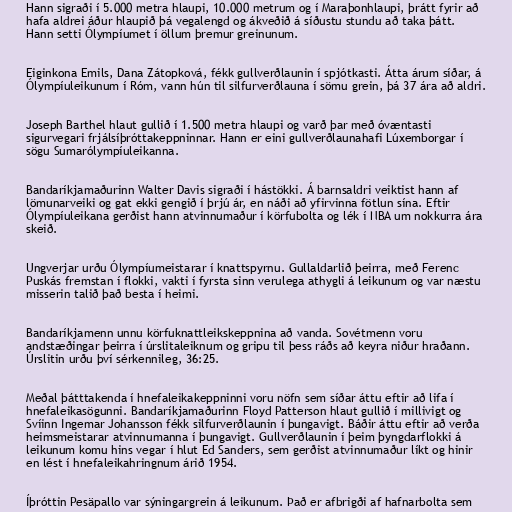
Hann sigraði í 5.000 metra hlaupi, 10.000 metrum og í Maraþonhlaupi, þrátt fyrir að
hafa aldrei áður hlaupið þá vegalengd og ákveðið á síðustu stundu að taka þátt.
Hann setti Ólympíumet í öllum þremur greinunum.

Eiginkona Emils, Dana Zátopková, fékk gullverðlaunin í spjótkasti. Átta árum síðar, á
Ólympíuleikunum í Róm, vann hún til silfurverðlauna í sömu grein, þá 37 ára að aldri.

Joseph Barthel hlaut gullið í 1.500 metra hlaupi og varð þar með óvæntasti
sigurvegari frjálsíþróttakeppninnar. Hann er eini gullverðlaunahafi Lúxemborgar í
sögu Sumarólympíuleikanna.

Bandaríkjamaðurinn Walter Davis sigraði í hástökki. Á barnsaldri veiktist hann af
lömunarveiki og gat ekki gengið í þrjú ár, en náði að yfirvinna fötlun sína. Eftir
Ólympíuleikana gerðist hann atvinnumaður í körfubolta og lék í NBA um nokkurra ára
skeið.

Ungverjar urðu Ólympíumeistarar í knattspyrnu. Gullaldarlið þeirra, með Ferenc
Puskás fremstan í flokki, vakti í fyrsta sinn verulega athygli á leikunum og var næstu
misserin talið það besta í heimi.

Bandaríkjamenn unnu körfuknattleikskeppnina að vanda. Sovétmenn voru
andstæðingar þeirra í úrslitaleiknum og gripu til þess ráðs að keyra niður hraðann.
Úrslitin urðu því sérkennileg, 36:25.

Meðal þátttakenda í hnefaleikakeppninni voru nöfn sem síðar áttu eftir að lifa í
hnefaleikasögunni. Bandaríkjamaðurinn Floyd Patterson hlaut gullið í millivigt og
Svíinn Ingemar Johansson fékk silfurverðlaunin í þungavigt. Báðir áttu eftir að verða
heimsmeistarar atvinnumanna í þungavigt. Gullverðlaunin í þeim þyngdarflokki á
leikunum komu hins vegar í hlut Ed Sanders, sem gerðist atvinnumaður líkt og hinir
en lést í hnefaleikahringnum árið 1954.

Íþróttin Pesäpallo var sýningargrein á leikunum. Það er afbrigði af hafnarbolta sem